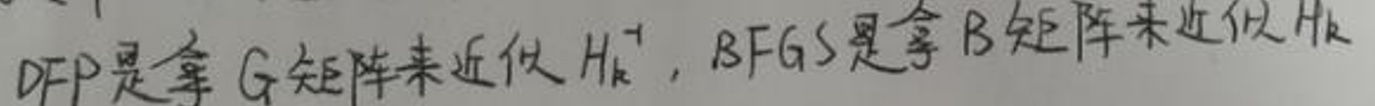
DFP是拿$G$矩阵来近似$H_k^{-1}$，BFGS是拿$B$矩阵来近似$H_k$。